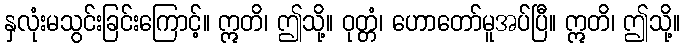
နှလုံးမသွင်းခြင်းကြောင့်။ ဣတိ၊ ဤသို့။ ဝုတ္တံ၊ ဟောတော်မူအပ်ပြီ။ ဣတိ၊ ဤသို့။